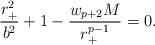
LaTeX: \begin{align*}{{r_+^2}\over{b^2}} +1 - {{w_{p+2} M}\over{r_+^{p-1}}} = 0.\end{align*}